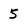
Character: 5